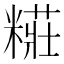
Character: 糚